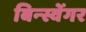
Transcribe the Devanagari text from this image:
बिन्स्वेंगर